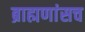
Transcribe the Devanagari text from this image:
ब्राह्मणांसच